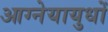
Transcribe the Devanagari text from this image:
आग्नेयायुधों